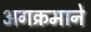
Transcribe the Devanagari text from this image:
अगक्रमाने